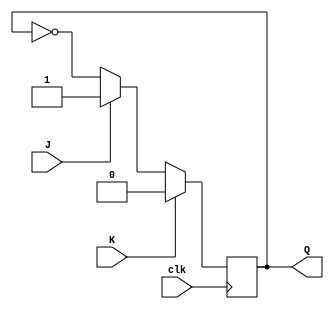
module jk_flipflop(
    input wire clk,
    input wire J,
    input wire K,
    output reg Q
);

always @(posedge clk) begin
    if(K) begin // Reset to 0
        Q <= 1'b0;
    end else if(J) begin // Set to 1
        Q <= 1'b1;
    end else begin // Toggle
        Q <= ~Q;
    end
end

endmodule